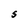
Character: S